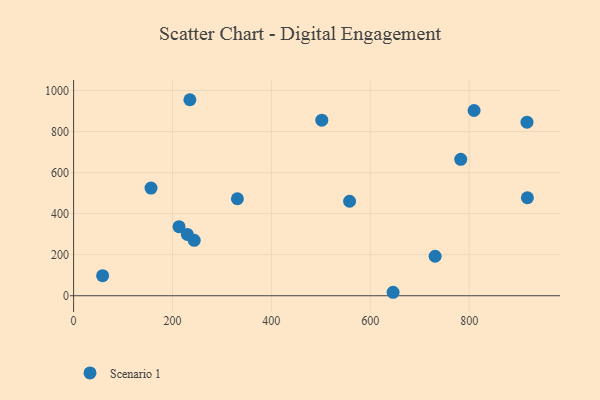
{"axis": {"x": "Price", "y": "Salary"}, "legend": ["Scenario 1"], "data": [{"x": "331.3", "y": 472.7, "type": "Scenario 1"}, {"x": "243.9", "y": 269.9, "type": "Scenario 1"}, {"x": "58.7", "y": 97.6, "type": "Scenario 1"}, {"x": "230.0", "y": 299.0, "type": "Scenario 1"}, {"x": "810.0", "y": 902.5, "type": "Scenario 1"}, {"x": "502.0", "y": 855.6, "type": "Scenario 1"}, {"x": "156.6", "y": 524.8, "type": "Scenario 1"}, {"x": "917.0", "y": 845.7, "type": "Scenario 1"}, {"x": "917.8", "y": 477.5, "type": "Scenario 1"}, {"x": "235.2", "y": 955.1, "type": "Scenario 1"}, {"x": "783.0", "y": 664.5, "type": "Scenario 1"}, {"x": "213.2", "y": 336.7, "type": "Scenario 1"}, {"x": "731.2", "y": 192.4, "type": "Scenario 1"}, {"x": "646.2", "y": 16.9, "type": "Scenario 1"}, {"x": "558.2", "y": 460.3, "type": "Scenario 1"}]}